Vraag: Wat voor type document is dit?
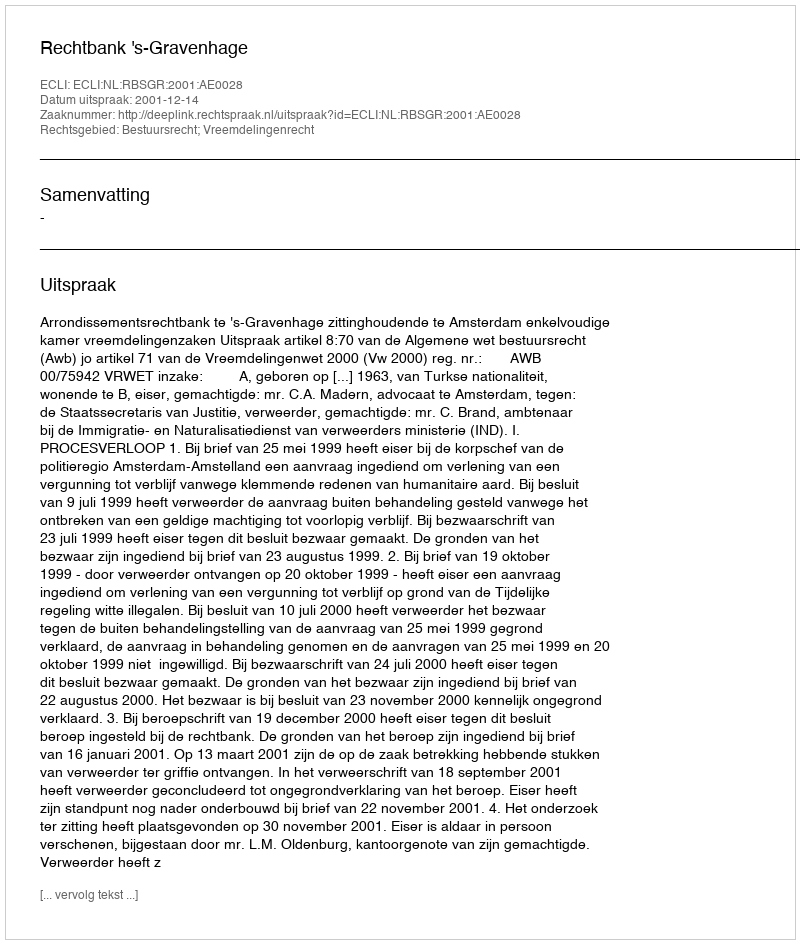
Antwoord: Uitspraak